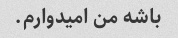
باشه من امیدوارم.